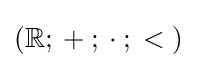
(\mathbb {R} ;{}+{};{}\cdot {};{}<{})